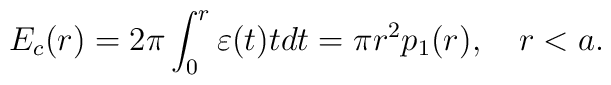
E_c(r)=2\pi \int_{0}^{r}{\varepsilon (t)tdt}=\pi r^2p_1(r),\quad r<a.